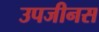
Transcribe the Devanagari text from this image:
उपजीनस